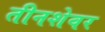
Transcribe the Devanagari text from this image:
तीनशेवर